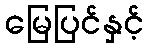
မြေပြင်နှင့်